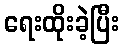
ရေးထိုးခဲ့ပြီး